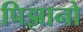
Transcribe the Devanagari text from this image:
पिझानो